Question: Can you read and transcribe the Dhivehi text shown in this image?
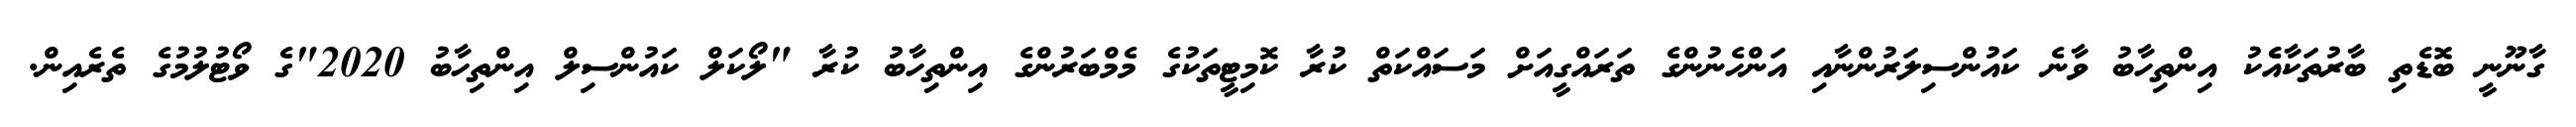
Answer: ގާނޫނީ ބޮޑެތި ބާރުތަކާއެެކު އިންތިހާބު ވާނެ ކައުންސިލަރުންނާއި އަންހެނުންގެ ތަރައްގީއަށް މަސައްކަތް ކުރާ ކޮމިޓީތަކުގެ މެމްބަރުންގެ އިންތިހާބު ކުރާ "ލޯކަލް ކައުންސިލް އިންތިހާބު 2020"ގެ ވޯޓުލުމުގެ ތެރެއިން.